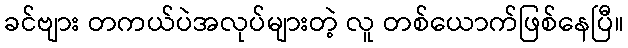
ခင်ဗျား တကယ်ပဲအလုပ်များတဲ့ လူ တစ်ယောက်ဖြစ်နေပြီ။